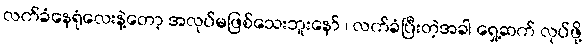
လက်ခံနေရုံလေးနဲ့တော့ အလုပ်မဖြစ်သေးဘူးနော် ၊ လက်ခံပြီးတဲ့အခါ ရှေ့ဆက် လုပ်ဖို့